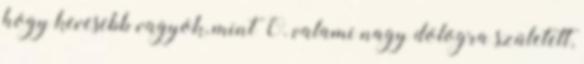
hogy kevesebb vagyok, mint Õ. valami nagy dologra született,